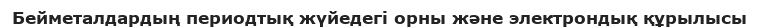
Бейметалдардың периодтық жүйедегі орны және электрондық құрылысы